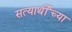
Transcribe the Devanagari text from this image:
सत्यार्थींच्या